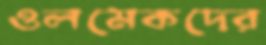
ওলমেকদের